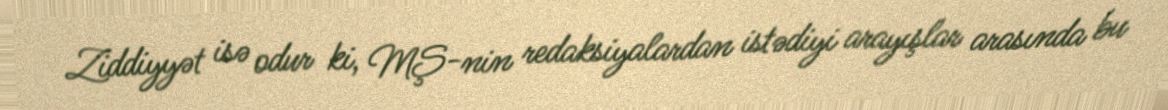
Ziddiyyət isə odur ki, MŞ-nin redaksiyalardan istədiyi arayışlar arasında bu